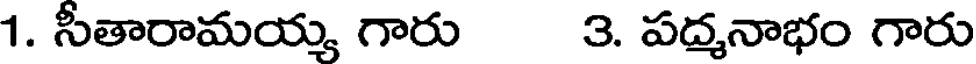
1. సీతారామయ్య గారు 3. పద్మనాభం గారు